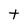
Character: t